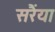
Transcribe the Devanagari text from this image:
सरैंया